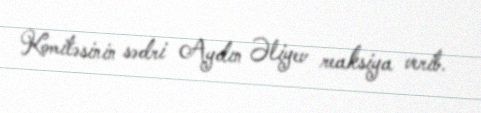
Komitəsinin sədri Aydın Əliyev reaksiya verib.